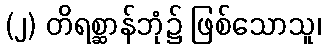
(၂) တိရစ္ဆာန်ဘုံ၌ ဖြစ်သောသူ၊